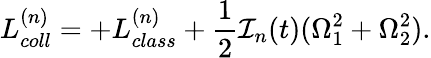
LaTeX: L_{coll}^{(n)}=+L_{class}^{(n)}+\frac{1}{2}{\cal I}_{n}(t)(\Omega_{1}^{2}+\Omega_{2}^{2}).